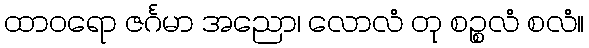
ထာဝရော ဇင်္ဂမာ အညော၊ လောလံ တု စဉ္စလံ စလံ။